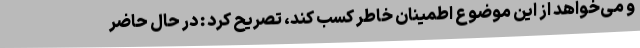
و می‌خواهد از این موضوع اطمینان خاطر کسب کند، تصریح کرد : در حال حاضر